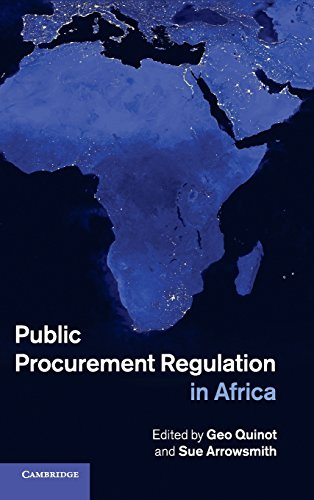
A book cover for Public Procurement Regulation in Africa; Law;